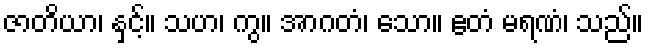
ဇာတိယာ၊ နှင့်။ သဟ၊ ကွ။ အာဂတံ၊ သော။ ဧတံ မရဏံ၊ သည်။